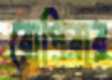
রোপিবার